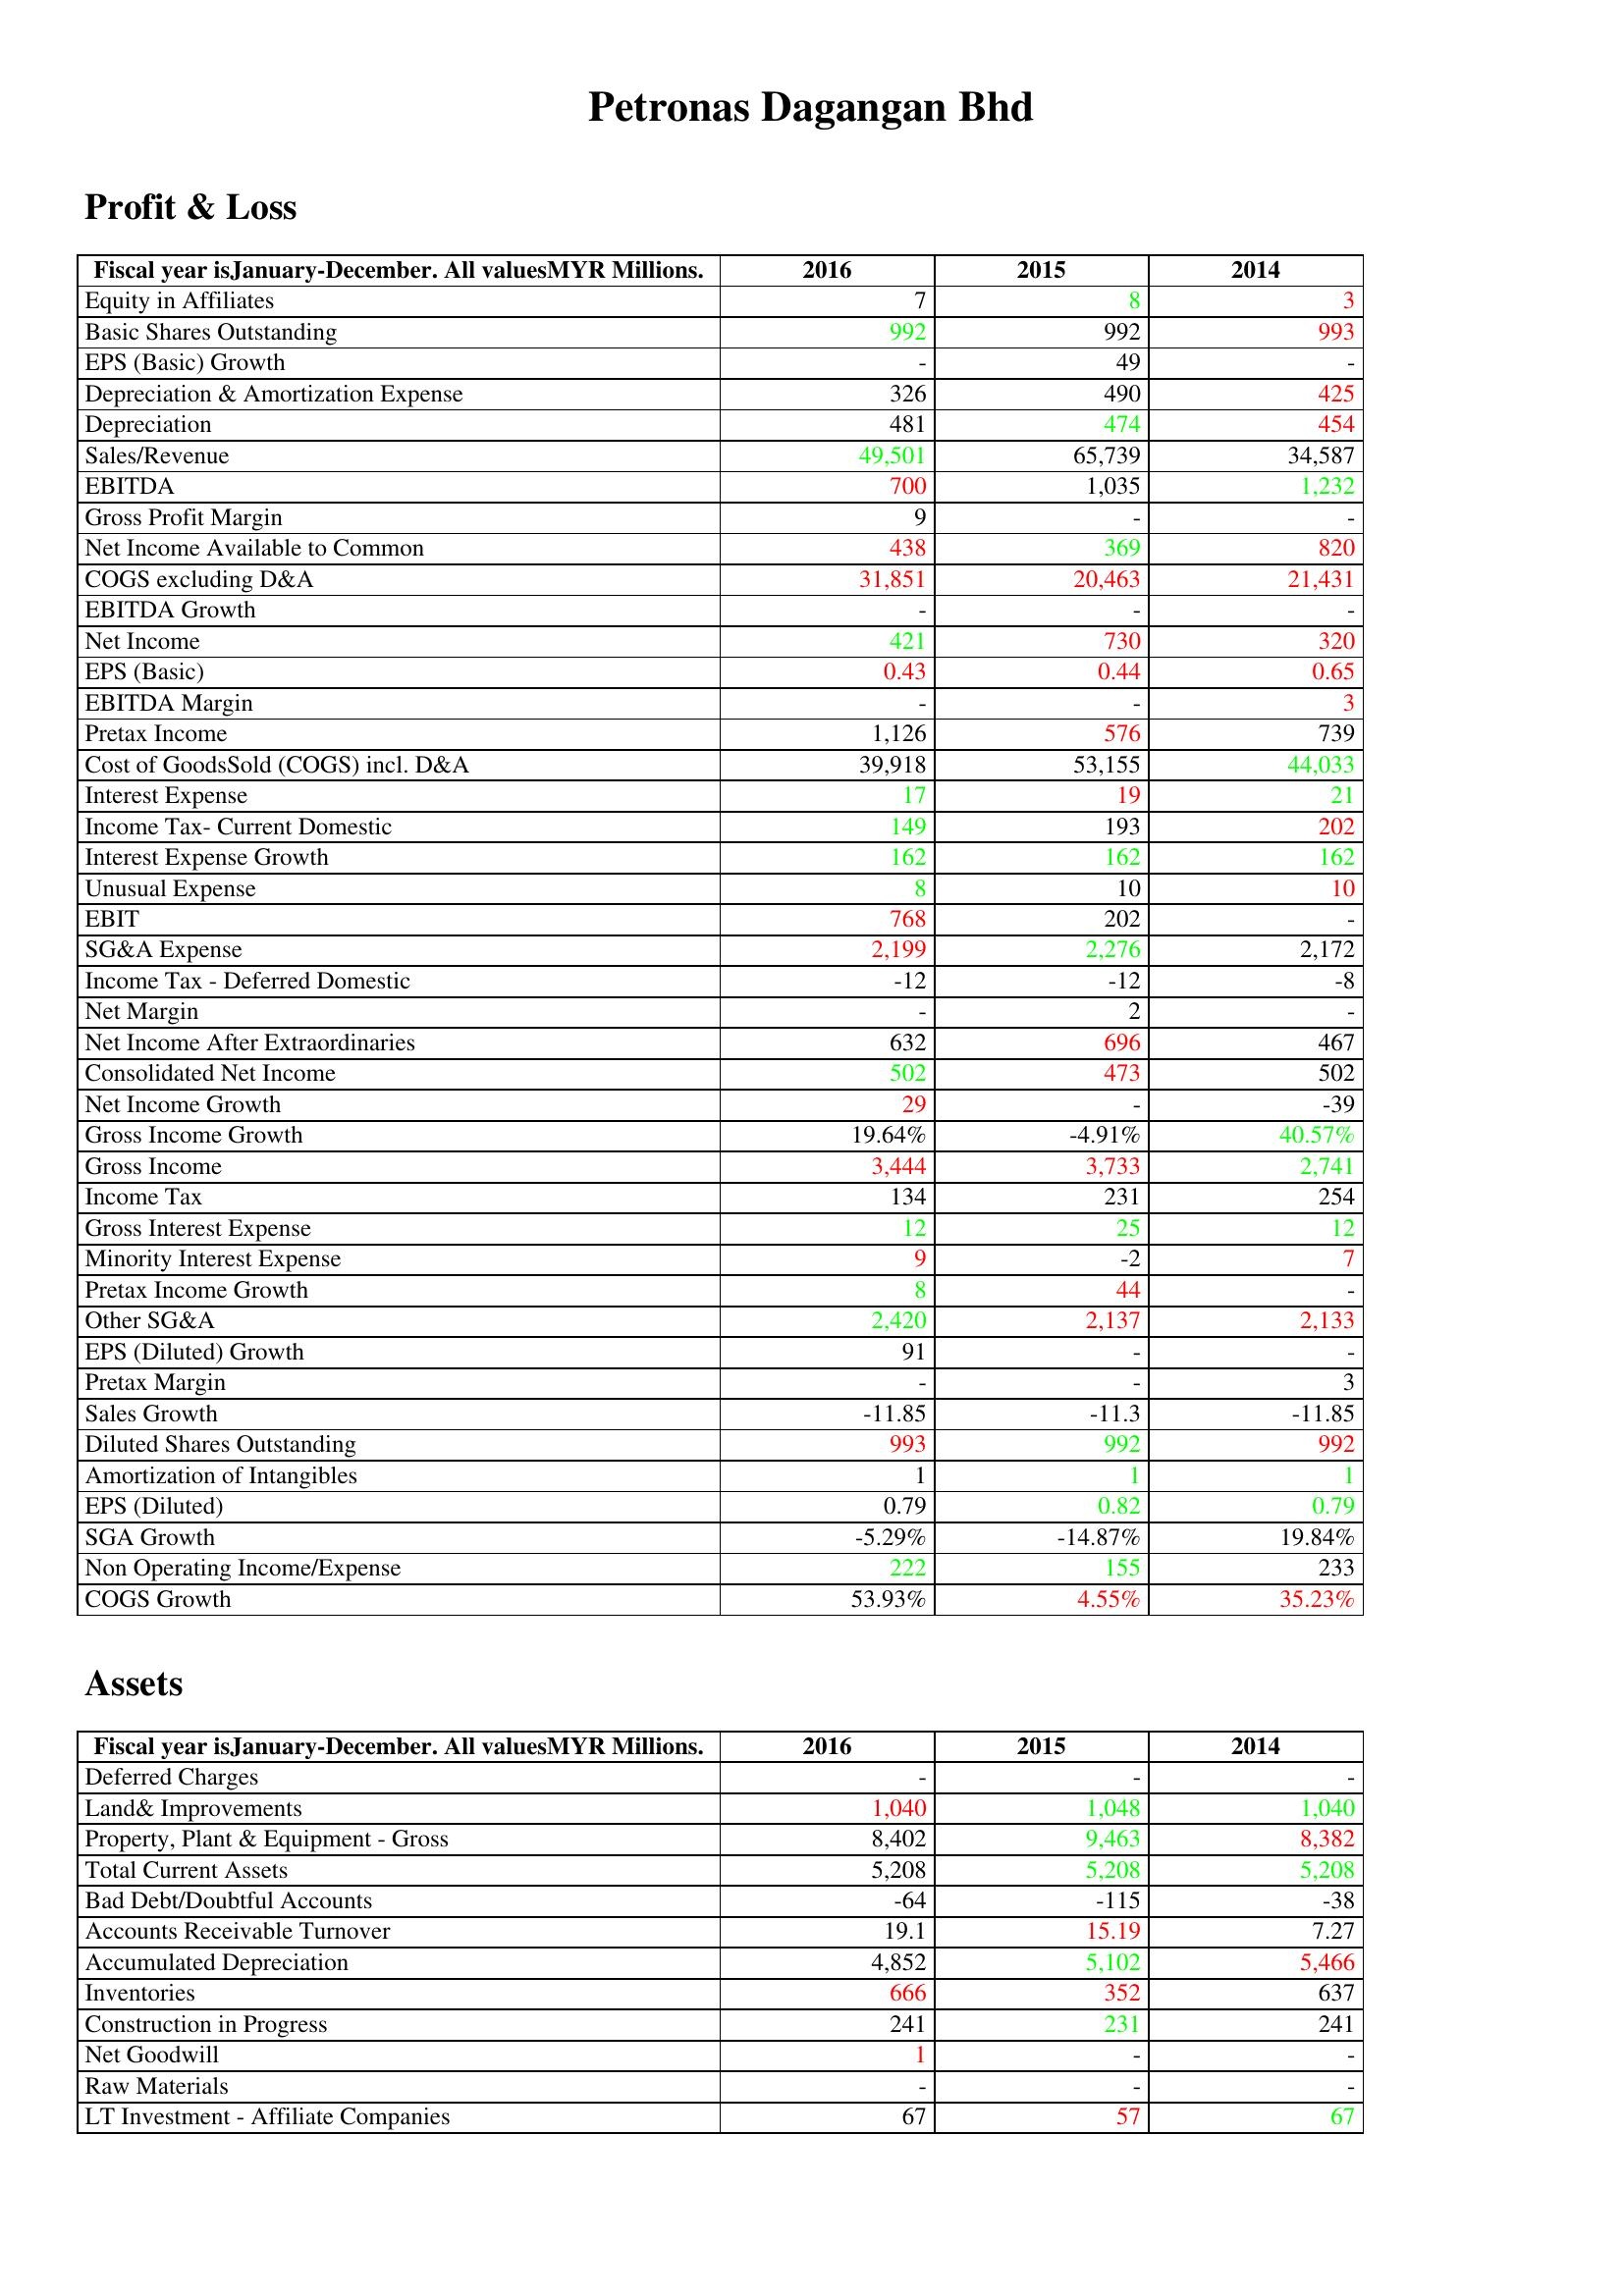
gt_parse: 2016: Profit & Loss: Equity in Affiliates: 7
Basic Shares Outstanding: 992
EPS (Basic) Growth: -
Depreciation & Amortization Expense: 326
Depreciation: 481
Sales/Revenue: 49,501
EBITDA: 700
Gross Profit Margin: 9
Net Income Available to Common: 438
COGS excluding D&A: 31,851
EBITDA Growth: -
Net Income: 421
EPS (Basic): 0.43
EBITDA Margin: -
Pretax Income: 1,126
Cost of GoodsSold (COGS) incl. D&A: 39,918
Interest Expense: 17
Income Tax- Current Domestic: 149
Interest Expense Growth: 162
Unusual Expense: 8
EBIT: 768
SG&A Expense: 2,199
Income Tax - Deferred Domestic: -12
Net Margin: -
Net Income After Extraordinaries: 632
Consolidated Net Income: 502
Net Income Growth: 29
Gross Income Growth: 19.64%
Gross Income: 3,444
Income Tax: 134
Gross Interest Expense: 12
Minority Interest Expense: 9
Pretax Income Growth: 8
Other SG&A: 2,420
EPS (Diluted) Growth: 91
Pretax Margin: -
Sales Growth: -11.85
Diluted Shares Outstanding: 993
Amortization of Intangibles: 1
EPS (Diluted): 0.79
SGA Growth: -5.29%
Non Operating Income/Expense: 222
COGS Growth: 53.93%
Assets: Deferred Charges: -
Land& Improvements: 1,040
Property, Plant & Equipment - Gross : 8,402
Total Current Assets: 5,208
Bad Debt/Doubtful Accounts: -64
Accounts Receivable Turnover: 19.1
Accumulated Depreciation: 4,852
Inventories: 666
Construction in Progress: 241
Net Goodwill: 1
Raw Materials: -
LT Investment - Affiliate Companies: 67
2015: Profit & Loss: Equity in Affiliates: 8
Basic Shares Outstanding: 992
EPS (Basic) Growth: 49
Depreciation & Amortization Expense: 490
Depreciation: 474
Sales/Revenue: 65,739
EBITDA: 1,035
Gross Profit Margin: -
Net Income Available to Common: 369
COGS excluding D&A: 20,463
EBITDA Growth: -
Net Income: 730
EPS (Basic): 0.44
EBITDA Margin: -
Pretax Income: 576
Cost of GoodsSold (COGS) incl. D&A: 53,155
Interest Expense: 19
Income Tax- Current Domestic: 193
Interest Expense Growth: 162
Unusual Expense: 10
EBIT: 202
SG&A Expense: 2,276
Income Tax - Deferred Domestic: -12
Net Margin: 2
Net Income After Extraordinaries: 696
Consolidated Net Income: 473
Net Income Growth: -
Gross Income Growth: -4.91%
Gross Income: 3,733
Income Tax: 231
Gross Interest Expense: 25
Minority Interest Expense: -2
Pretax Income Growth: 44
Other SG&A: 2,137
EPS (Diluted) Growth: -
Pretax Margin: -
Sales Growth: -11.3
Diluted Shares Outstanding: 992
Amortization of Intangibles: 1
EPS (Diluted): 0.82
SGA Growth: -14.87%
Non Operating Income/Expense: 155
COGS Growth: 4.55%
Assets: Deferred Charges: -
Land& Improvements: 1,048
Property, Plant & Equipment - Gross : 9,463
Total Current Assets: 5,208
Bad Debt/Doubtful Accounts: -115
Accounts Receivable Turnover: 15.19
Accumulated Depreciation: 5,102
Inventories: 352
Construction in Progress: 231
Net Goodwill: -
Raw Materials: -
LT Investment - Affiliate Companies: 57
2014: Profit & Loss: Equity in Affiliates: 3
Basic Shares Outstanding: 993
EPS (Basic) Growth: -
Depreciation & Amortization Expense: 425
Depreciation: 454
Sales/Revenue: 34,587
EBITDA: 1,232
Gross Profit Margin: -
Net Income Available to Common: 820
COGS excluding D&A: 21,431
EBITDA Growth: -
Net Income: 320
EPS (Basic): 0.65
EBITDA Margin: 3
Pretax Income: 739
Cost of GoodsSold (COGS) incl. D&A: 44,033
Interest Expense: 21
Income Tax- Current Domestic: 202
Interest Expense Growth: 162
Unusual Expense: 10
EBIT: -
SG&A Expense: 2,172
Income Tax - Deferred Domestic: -8
Net Margin: -
Net Income After Extraordinaries: 467
Consolidated Net Income: 502
Net Income Growth: -39
Gross Income Growth: 40.57%
Gross Income: 2,741
Income Tax: 254
Gross Interest Expense: 12
Minority Interest Expense: 7
Pretax Income Growth: -
Other SG&A: 2,133
EPS (Diluted) Growth: -
Pretax Margin: 3
Sales Growth: -11.85
Diluted Shares Outstanding: 992
Amortization of Intangibles: 1
EPS (Diluted): 0.79
SGA Growth: 19.84%
Non Operating Income/Expense: 233
COGS Growth: 35.23%
Assets: Deferred Charges: -
Land& Improvements: 1,040
Property, Plant & Equipment - Gross : 8,382
Total Current Assets: 5,208
Bad Debt/Doubtful Accounts: -38
Accounts Receivable Turnover: 7.27
Accumulated Depreciation: 5,466
Inventories: 637
Construction in Progress: 241
Net Goodwill: -
Raw Materials: -
LT Investment - Affiliate Companies: 67